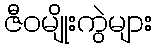
ဇီဝမျိုးကွဲများ